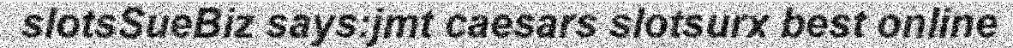
slotsSueBiz says:jmt caesars slotsurx best online